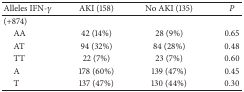
<table><thead><tr><td><b>Alleles IFN-<i>γ</i></b></td><td><b>AKI (158)</b></td><td><b>No AKI (135)</b></td><td><b><i>P </i></b></td></tr></thead><tbody><tr><td>(+874)</td><td> </td><td> </td><td> </td></tr><tr><td> AA</td><td>42 (14%)</td><td>28 (9%)</td><td>0.65</td></tr><tr><td> AT</td><td>94 (32%)</td><td>84 (28%)</td><td>0.48</td></tr><tr><td> TT</td><td>22 (7%)</td><td>23 (7%)</td><td>0.60</td></tr><tr><td> A</td><td>178 (60%)</td><td>139 (47%)</td><td>0.45</td></tr><tr><td> T</td><td>137 (47%)</td><td>130 (44%)</td><td>0.30</td></tr></tbody></table>